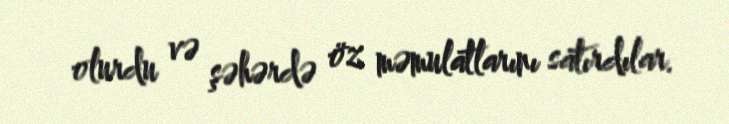
olurdu və şəhərdə öz məmulatlarını satırdılar.